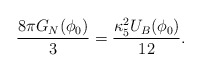
\begin{align*}\frac{8\pi G_N(\phi_0)}{3}=\frac{\kappa_5^2 U_B(\phi_0)}{12}.\end{align*}